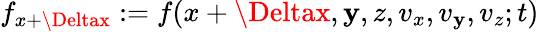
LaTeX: f_{x+\Deltax}:=f(x+\Deltax,\mathbf{y},z,v_{x},v_{\mathbf{y}},v_{z};t)